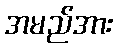
အမည်အား